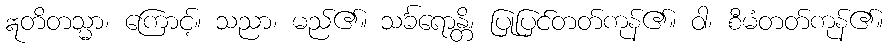
ဣတိတသ္မာ၊ ကြောင့်။ သညာ၊ မည်၏။ သင်္ခရောန္တိ၊ ပြုပြင်တတ်ကုန်၏။ ဝါ၊ စီမံတတ်ကုန်၏။